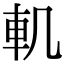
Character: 䡄